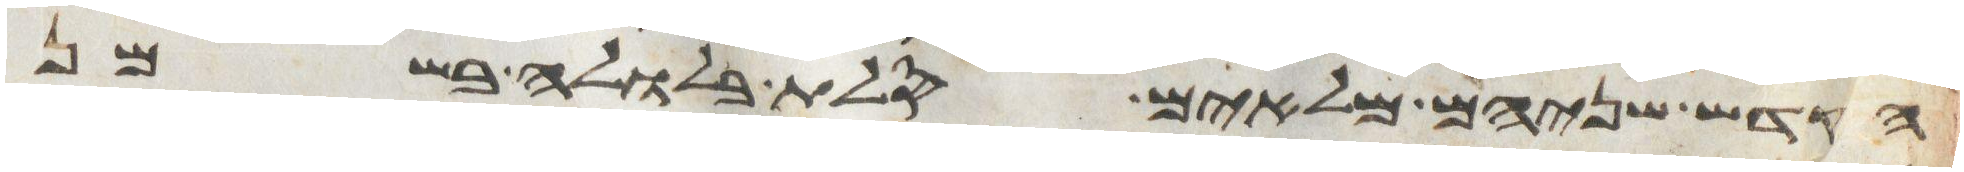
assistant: הקדש שניהם מלאים סלת בלולה בשמן